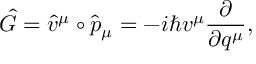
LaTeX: \hat { G } = \hat { v } ^ { \mu } \circ \hat { p } _ { \mu } = - i \hbar v ^ { \mu } \frac { \partial } { \partial q ^ { \mu } } ,